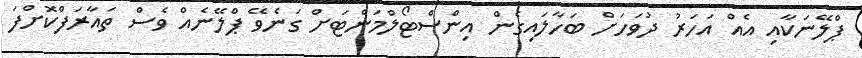
ޕްލޭނަކާއި އެއް އަހަރު ދުވަހަށް ބަހާލައިގެން އިންސްޓޯލްމަންޓަށް ގަނެވޭ ޕްލޭނެއް ވެސް ތައާރަފްކޮށްފަ